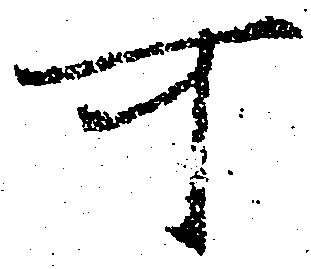
可